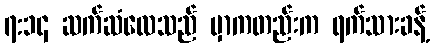
၇:၁၄ ဆက်ဆံလေသည် မှာကတည်းက ရက်သားခန့်